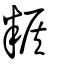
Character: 糇